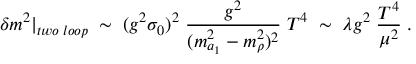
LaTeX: \delta m ^ { 2 } | _ { t w o \; l o o p } \; \sim \; ( g ^ { 2 } \sigma _ { 0 } ) ^ { 2 } \; \frac { g ^ { 2 } } { ( m _ { a _ { 1 } } ^ { 2 } - m _ { \rho } ^ { 2 } ) ^ { 2 } } \; T ^ { 4 } \; \sim \; \lambda g ^ { 2 } \; \frac { T ^ { 4 } } { \mu ^ { 2 } } \; .